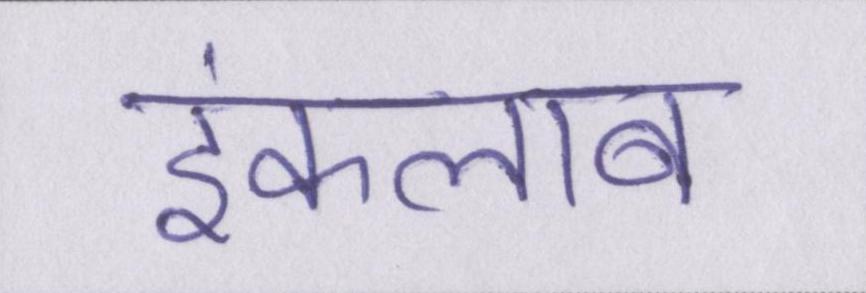
इंकलाब